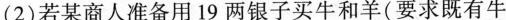
(2)若某商人准备用19两银子买牛和羊(要求既有牛